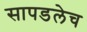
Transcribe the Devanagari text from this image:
सापडलेच